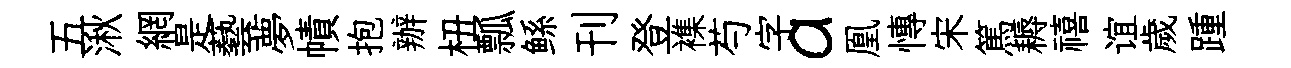
五湫網是藝夢幘抱辦杻瓢鲧刊登襍芍字a凰慱宋篤耨禧谊歲踵